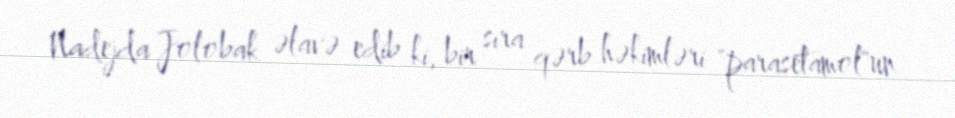
Nadejda Jolobak əlavə edib ki, bir sıra qərb həkimləri "parasetamol"un